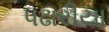
પઢારીયા